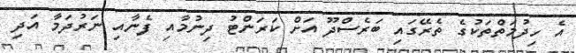
އެ ހިދުމަތްތަކުގެ ތެރޭގައި ބަރެސްދޫ އަށް ކަރަންޓު ދިނުމާއި ފެނާއި ނަރުދަމާ އަދި